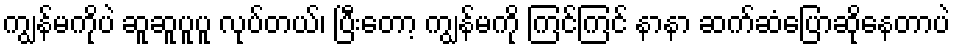
ကျွန်မကိုပဲ ဆူဆူပူပူ လုပ်တယ်၊ ပြီးတော့ ကျွန်မကို ကြင်ကြင် နာနာ ဆက်ဆံပြောဆိုနေတာပဲ